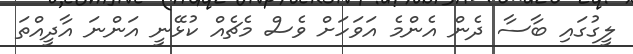
ލީގުގައި ބާސާ ދެން އެންމެ އަވަހަށް ވެސް މެޗެއް ކުޅޭނީ އަންނަ އާދީއްތަ